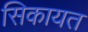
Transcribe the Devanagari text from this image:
सिकायत